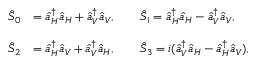
\begin{array} { r l } { \hat { S } _ { 0 } } & { = \hat { a } _ { H } ^ { \dagger } \hat { a } _ { H } + \hat { a } _ { V } ^ { \dagger } \hat { a } _ { V } , \qquad \hat { S } _ { 1 } = \hat { a } _ { H } ^ { \dagger } \hat { a } _ { H } - \hat { a } _ { V } ^ { \dagger } \hat { a } _ { V } , } \\ & { } \\ { \hat { S } _ { 2 } } & { = \hat { a } _ { H } ^ { \dagger } \hat { a } _ { V } + \hat { a } _ { V } ^ { \dagger } \hat { a } _ { H } , \qquad \hat { S } _ { 3 } = i ( \hat { a } _ { V } ^ { \dagger } \hat { a } _ { H } - \hat { a } _ { H } ^ { \dagger } \hat { a } _ { V } ) , } \end{array}